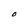
Character: O